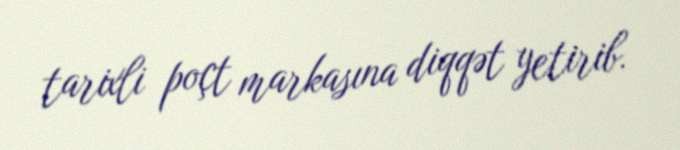
tarixli poçt markasına diqqət yetirib.